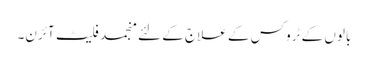
بالوں کے ٹروکس کے علاج کے لئے منجمد فلیٹ آئرن۔